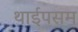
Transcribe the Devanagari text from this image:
थाईपसम